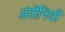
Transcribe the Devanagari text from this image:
अंतोनियों